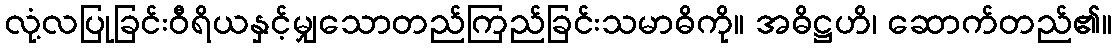
လုံ့လပြုခြင်းဝီရိယနှင့်မျှသောတည်ကြည်ခြင်းသမာဓိကို။ အဓိဋ္ဌဟိ၊ ဆောက်တည်၏။